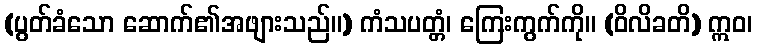
(ပွတ်ခံသော ဆောက်၏အဖျားသည်။) ကံသပတ္တံ၊ ကြေးကွက်ကို။ (ဝိလိခတိ) ဣဝ၊